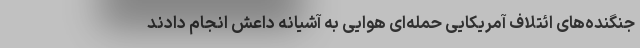
جنگنده‌های ائتلاف آمریکایی حمله‌ای هوایی به آشیانه داعش انجام دادند